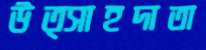
উত্সাহদাতা